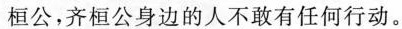
桓公，齐桓公身边的人不敢有任何行动。